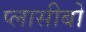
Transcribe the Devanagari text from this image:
प्लासीबो